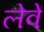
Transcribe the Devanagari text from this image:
लेवें